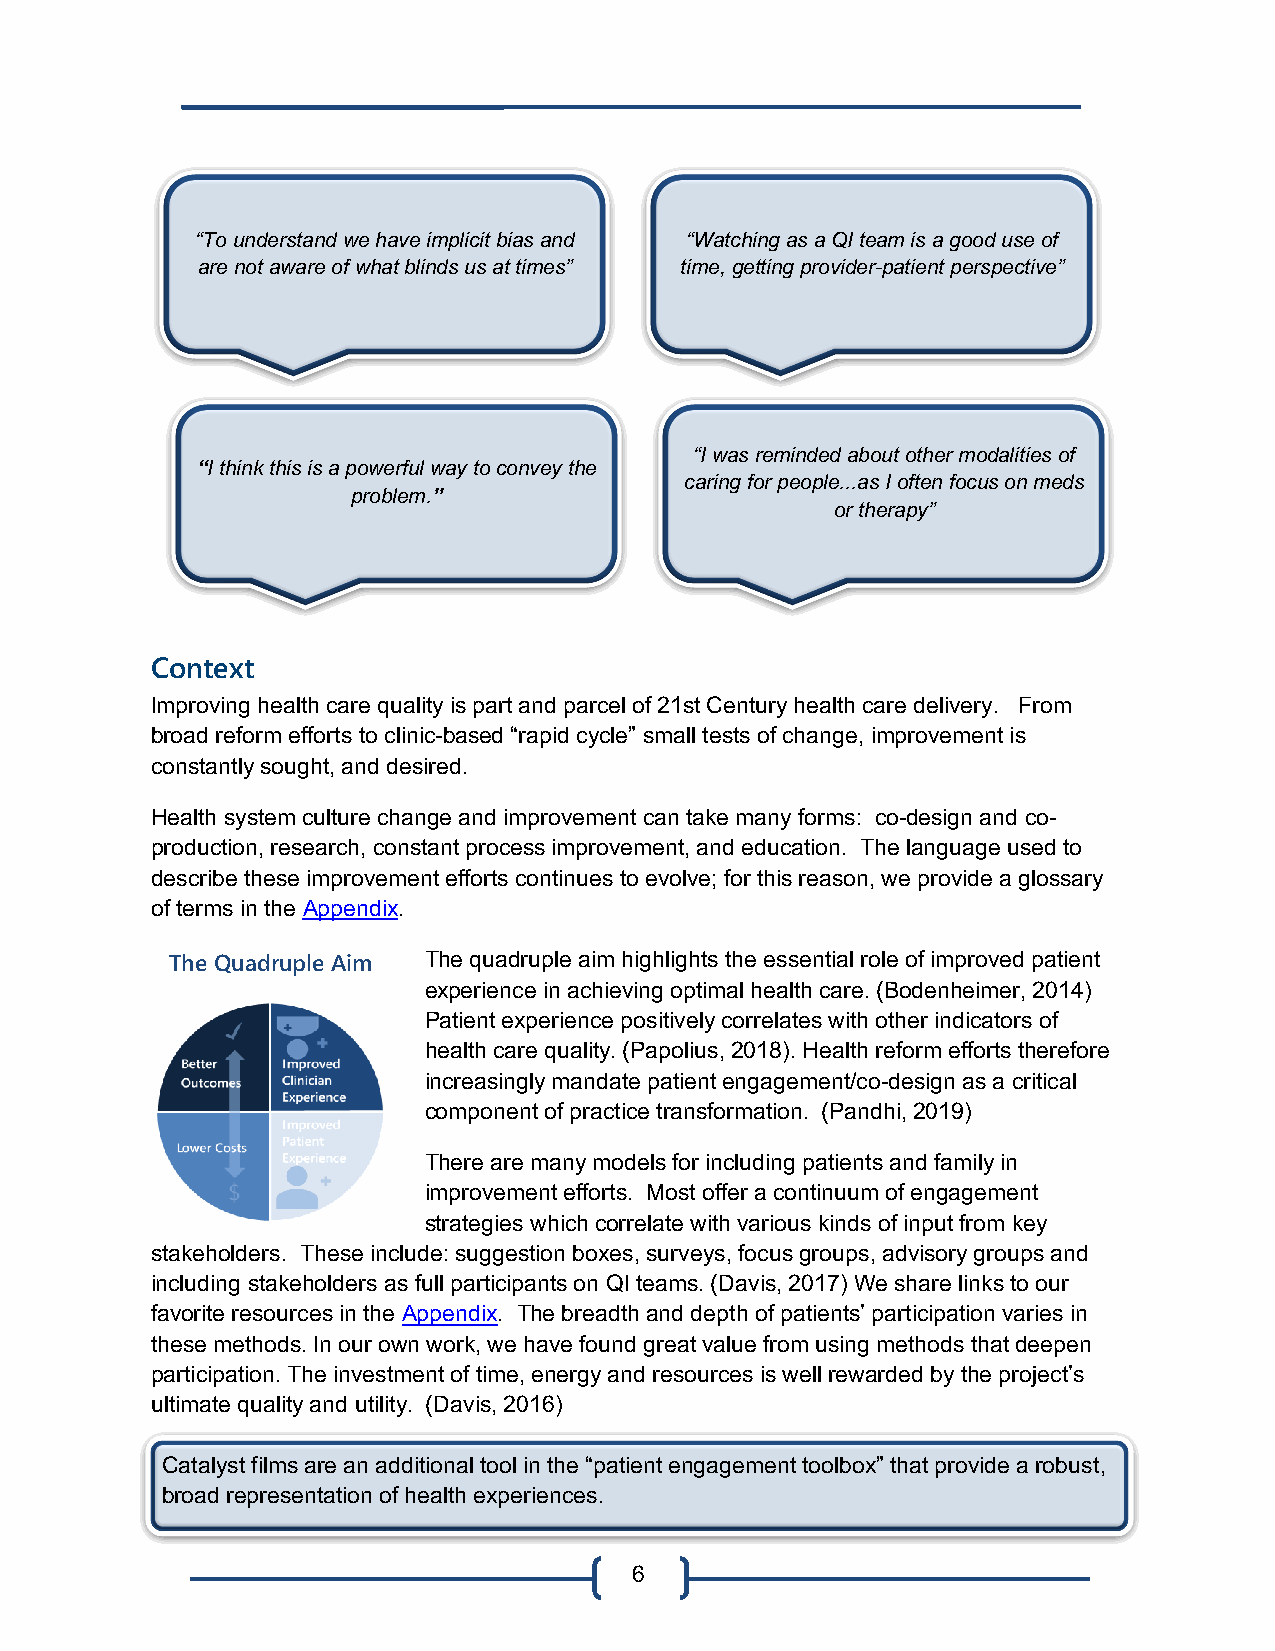
“To understand we have implicit bias and “Watching as a QI team is a good use of
 are not aware of what blinds us at times” time, getting provider-patient perspective”
 “I was reminded about other modalities of
 “I think this is a powerful way to convey the
 caring for people...as I often focus on meds
 problem.”
 or therapy”
 Context
 Improving health care quality is part and parcel of 21st Century health care delivery. From
 broad reform efforts to clinic-based “rapid cycle” small tests of change, improvement is
 constantly sought, and desired.
 Health system culture change and improvement can take many forms: co-design and co-
 production, research, constant process improvement, and education. The language used to
 describe these improvement efforts continues to evolve; for this reason, we provide a glossary
 of terms in the Appendix.
 The Quadruple Aim The quadruple aim highlights the essential role of improved patient
 experience in achieving optimal health care. (Bodenheimer, 2014)
 Patient experience positively correlates with other indicators of
 health care quality. (Papolius, 2018). Health reform efforts therefore
 increasingly mandate patient engagement/co-design as a critical
 component of practice transformation. (Pandhi, 2019)
 There are many models for including patients and family in
 improvement efforts. Most offer a continuum of engagement
 strategies which correlate with various kinds of input from key
 stakeholders. These include: suggestion boxes, surveys, focus groups, advisory groups and
 including stakeholders as full participants on QI teams. (Davis, 2017) We share links to our
 favorite resources in the Appendix. The breadth and depth of patients’ participation varies in
 these methods. In our own work, we have found great value from using methods that deepen
 participation. The investment of time, energy and resources is well rewarded by the project’s
 ultimate quality and utility. (Davis, 2016)
 Catalyst films are an additional tool in the “patient engagement toolbox” that provide a robust,
 broad representation of health experiences.
 6